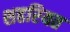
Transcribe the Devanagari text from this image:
शहरियत